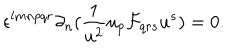
\epsilon ^ { l m n p q r } \partial _ { n } ( { \frac { 1 } { u ^ { 2 } } } u _ { p } { \cal F } _ { q r s } u ^ { s } ) = 0 .